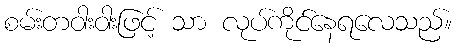
စမ်းတဝါးဝါးဖြင့် သာ လုပ်ကိုင်နေရလေသည်။